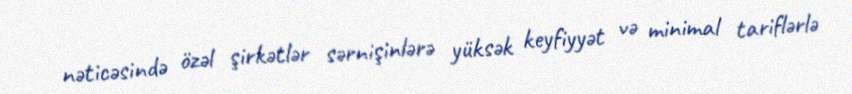
nəticəsində özəl şirkətlər sərnişinlərə yüksək keyfiyyət və minimal tariflərlə